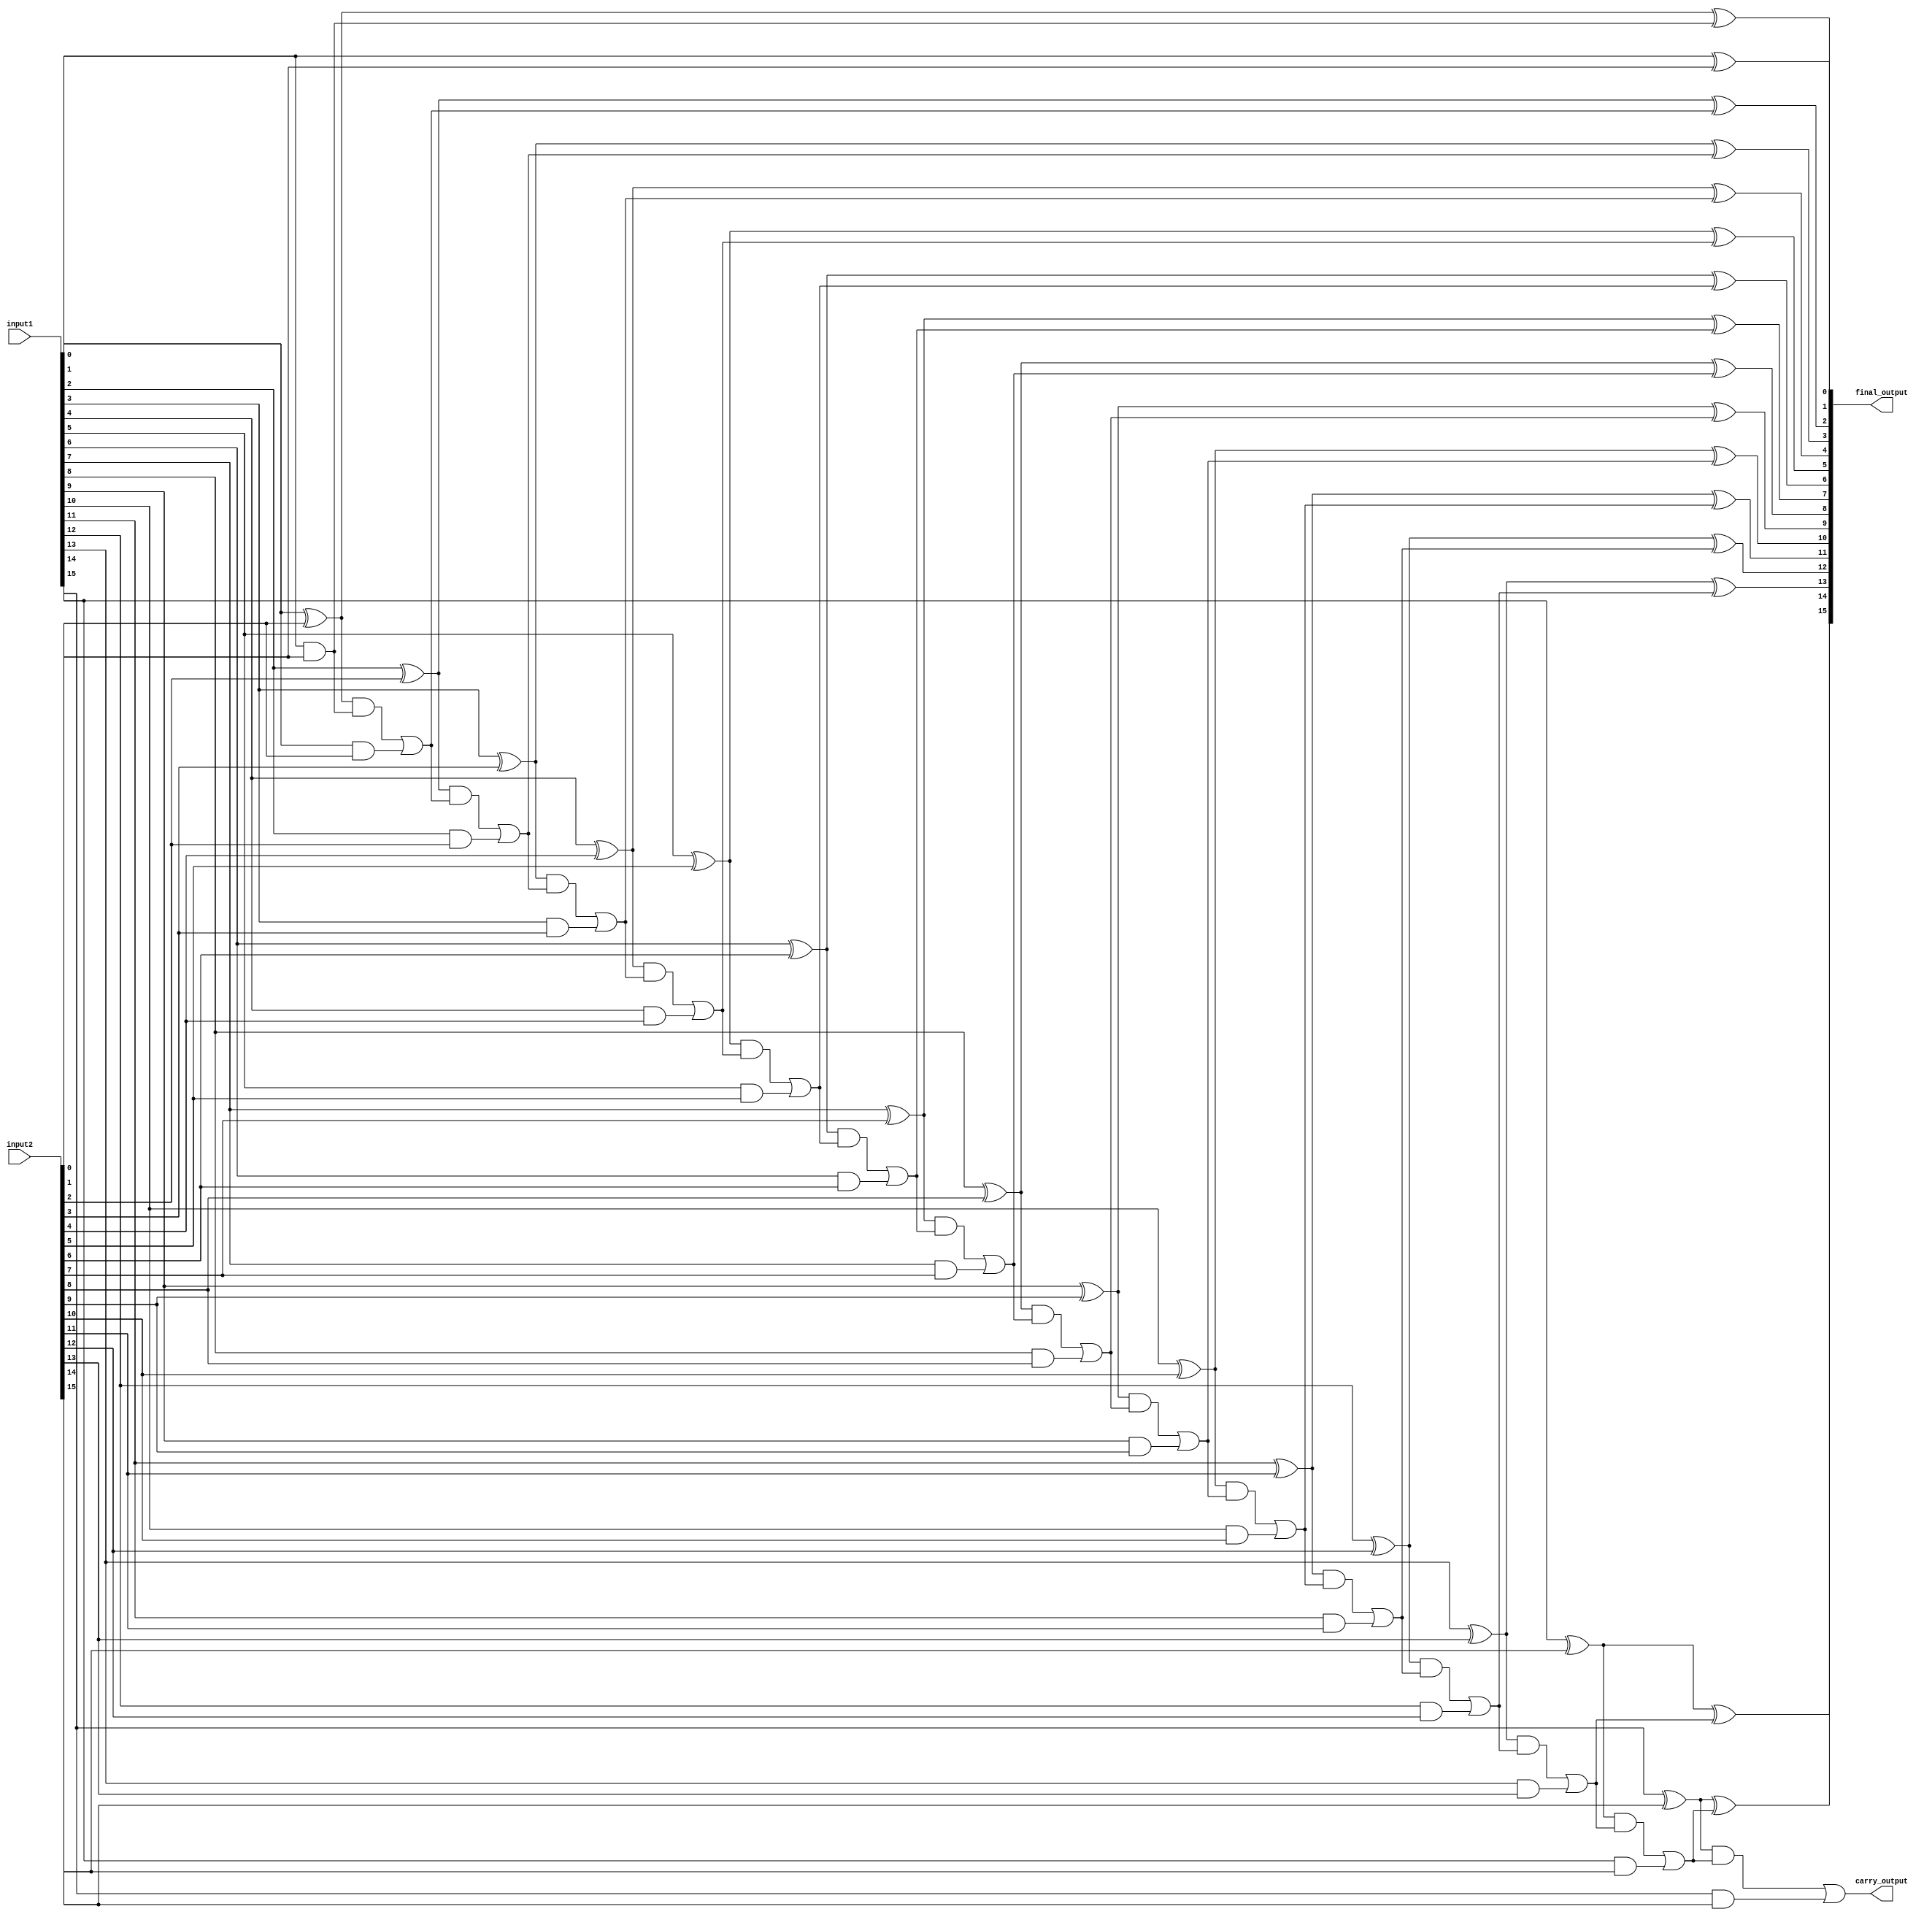
module rca_top(
    output reg [15:0] final_output,
    output reg carry_output,
    input [15:0]input1, input2
    );

reg carry_in;		// initial carry in
	
task CRAFA_module(
    output reg sum,carry,
    input in1,in2,carry_in
    );

reg intermediate, gen, propagate;
begin
propagate = in1 ^ in2;
sum = propagate ^ carry_in;
gen = in1 & in2;
intermediate = propagate & carry_in;
carry = intermediate | gen;
end
endtask

task CRA4bit(
    output reg [3:0] cra_sum,
    output reg cra_carry_out,
    input [3:0] in1,in2,
    input carry_in
    );
reg carry1,carry2,carry3;
begin
CRAFA_module 	(cra_sum[0],carry1,in1[0],in2[0],carry_in);
CRAFA_module	(cra_sum[1],carry2,in1[1],in2[1],carry1);
CRAFA_module	(cra_sum[2],carry3,in1[2],in2[2],carry2);
CRAFA_module	(cra_sum[3],cra_carry_out,in1[3],in2[3],carry3);
end
endtask
	 	 
task CRA16bit(
    output reg [15:0] cra_sum,
    output reg cra_carry_out,
    input [15:0] in1,in2,
    input carry_in
    );
reg carry1,carry2,carry3;
begin
CRA4bit	(cra_sum[3:0],carry1,in1[3:0],in2[3:0],carry_in);
CRA4bit	(cra_sum[7:4],carry2,in1[7:4],in2[7:4],carry1);
CRA4bit	(cra_sum[11:8],carry3,in1[11:8],in2[11:8],carry2);
CRA4bit	(cra_sum[15:12],cra_carry_out,in1[15:12],in2[15:12],carry3);
end
endtask

always@*
begin
	carry_in = 1'b0;
	CRA16bit(final_output, carry_output, input1, input2, carry_in);

end	
endmodule